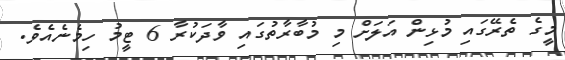
މީގެ ތެރޭގައި މުޅިން އަލަށް މި މުބާރާތުގައި ވާދަކުރާ 6 ޓީމު ހިމެނެއެވެ.